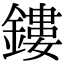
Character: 鏤